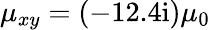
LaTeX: \mu_{xy}=(-12.4\mathrm{i})\mu_{0}